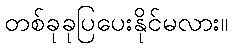
တစ်ခုခုပြပေးနိုင်မလား။